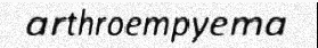
arthroempyema